Indian journal of veterinary science and animal husbandry - Volume 10,
Year: 1940
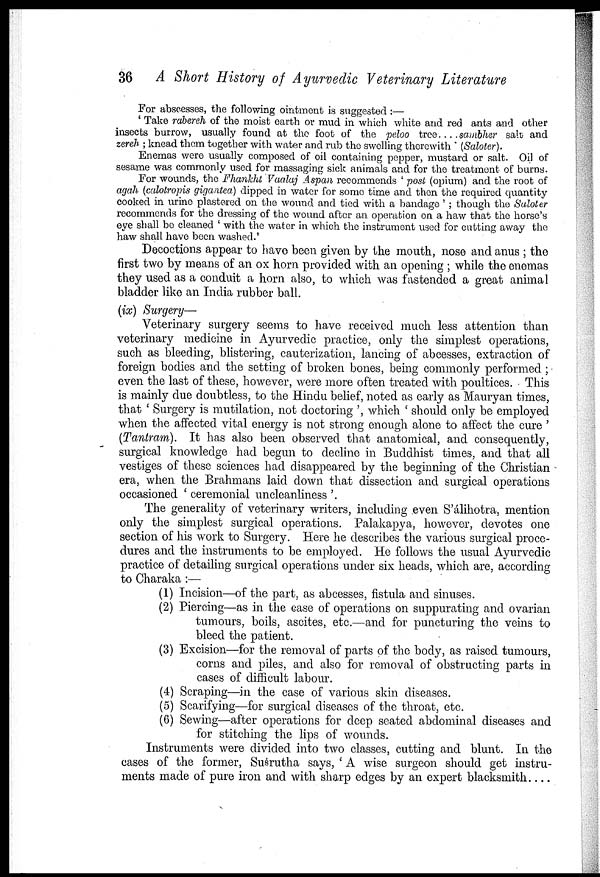
36 A Short History of Ayurvedic Veterinary Literature
For abscesses, the following ointment is suggested :—
' Take rabereh of the moist earth or mud in which white and red ants and other
insects burrow, usually found at the foot of the peloo tree. . . . sambher salt and
zereh ; knead them together with water and rub the swelling therewith (Saloter).
Enemas were usually composed of oil containing pepper, mustard or salt. Oil of
sesame was commonly used for massaging sick animals and for the treatment of burns.
For wounds, the Fhankht Vaalaj Aspan recommends ' post (opium) and the root of
agah (calotropis gigantea) dipped in water for some time and then the required quantity
cooked in urine plastered on the wound and tied with a bandage ' ; though the Saloter
recommends for the dressing of the wound after an operation on a haw that the horse's
eye shall be cleaned ' with the water in which the instrument used for cutting away the
haw shall have been washed.'
Decoctions appear to have been given by the mouth, nose and anus ; the
first two by means of an ox horn provided with an opening ; while the enemas
they used as a conduit a horn also, to which was fastended a great animal
bladder like an India rubber ball.
(ix) Surgery—
Veterinary surgery seems to have received much less attention than
veterinary medicine in Ayurvedic practice, only the simplest operations,
such as bleeding, blistering, cauterization, lancing of abcesses, extraction of
foreign bodies and the setting of broken bones, being commonly performed ;
even the last of these, however, were more often treated with poultices. This
is mainly due doubtless, to the Hindu belief, noted as early as Mauryan times,
that ' Surgery is mutilation, not doctoring ', which ' should only be employed
when the affected vital energy is not strong enough alone to affect the cure '
(Tantram). It has also been observed that anatomical, and consequently,
surgical knowledge had begun to decline in Buddhist times, and that all
vestiges of these sciences had disappeared by the beginning of the Christian
era, when the Brahmans laid down that dissection and surgical operations
occasioned ' ceremonial uncleanliness '.
The generality of veterinary writers, including even S'álihotra, mention
only the simplest surgical operations. Palakapya, however, devotes one
section of his work to Surgery. Here he describes the various surgical proce
dures and the instruments to be employed. He follows the usual Ayurvedic
practice of detailing surgical operations under six heads, which are, according
to Charaka :—
(1) Incision—of the part, as abcesses, fistula and sinuses.
(2) Piercing—as in the case of operations on suppurating and ovarian
tumours, boils, ascites, etc.—and for puncturing the veins to
bleed the patient.
(3) Excision—for the removal of parts of the body, as raised tumours,
corns and piles, and also for removal of obstructing parts in
cases of difficult labour.
(4) Scraping—in the case of various skin diseases.
(5) Scarifying—for surgical diseases of the throat, etc.
(6) Sewing—after operations for deep seated abdominal diseases and
for stitching the lips of wounds.
Instruments were divided into two classes, cutting and blunt. In the
cases of the former, Suśrutha says, ' A wise surgeon should get instru
ments made of pure iron and with sharp edges by an expert blacksmith . . . .